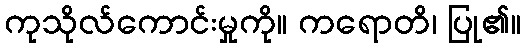
ကုသိုလ်ကောင်းမှုကို။ ကရောတိ၊ ပြု၏။